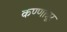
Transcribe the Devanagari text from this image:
कण्णान्नूर